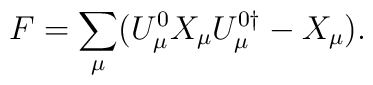
F=\sum_\mu (U_\mu^0 X_\mu U_\mu^{0\dagger}-X_\mu).